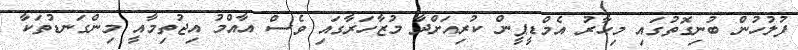
ފުލުހުން ބުނިގޮތުގައި މިހާރު އެމްޑީޕީން ކުރިއަށްދާ މުޒާހަރާގައި ވެސް އާއްމު އިޖުތިމާއީ މިންގަނޑުތަކާ